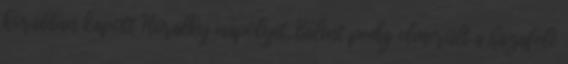
korábban kapott Horalky nápolyit, Bálint pedig elmerült a hazafelé